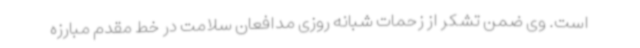
است. وی ضمن تشکر از زحمات شبانه روزی مدافعان سلامت در خط مقدم مبارزه